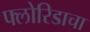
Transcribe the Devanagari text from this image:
फ्लोरिडाचा